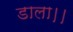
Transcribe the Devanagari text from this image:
डाला।।